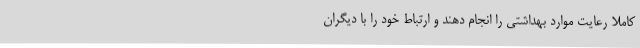
کاملا رعایت موارد بهداشتی را انجام دهند و ارتباط خود را با دیگران